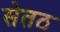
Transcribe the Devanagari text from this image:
सेतठ